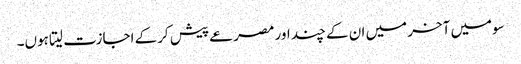
سومیں آخر میں ان کے چند اور مصرعے پیش کرکے اجازت لیتا ہوں۔